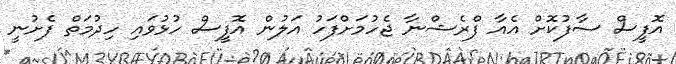
އޮފީސް ސާފުކޮށް އެއާ ފްރެޝްނާ ޖެހުމަށްފަހު އަލުން އޮފީސް ހުޅުވައި ހިދުމަތް ފެށުނީ